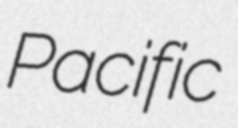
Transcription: Pacific